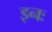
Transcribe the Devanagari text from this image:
इनः